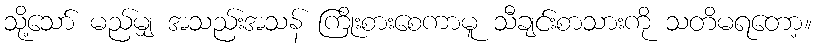
သို့သော် မည်မျှ အသည်းအသန် ကြိုးစားစေကာမူ သီချင်းစာသားကို သတိမရတော့။